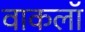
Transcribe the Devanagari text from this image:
वाकलॉ